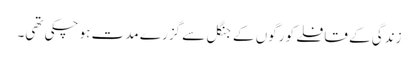
زندگی کے قافلے کو رگوں کے جنگل سے گزرے مدت ہو چکی تھی۔